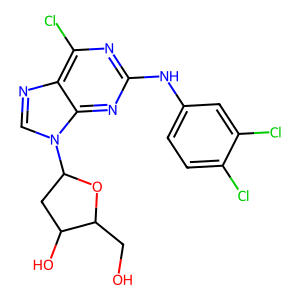
SMILES: OCC1OC(n2cnc3c(Cl)nc(Nc4ccc(Cl)c(Cl)c4)nc32)CC1O
Inhibits HIV replication: No